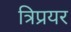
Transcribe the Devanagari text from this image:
त्रिप्रयर